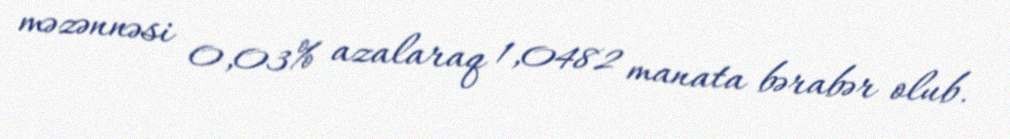
məzənnəsi 0,03% azalaraq 1,0482 manata bərabər olub.